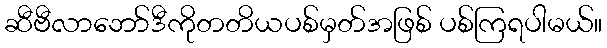
ဆီဗီလာဘော်ဒီကိုတတိယပစ်မှတ်အဖြစ် ပစ်ကြရပါမယ်။